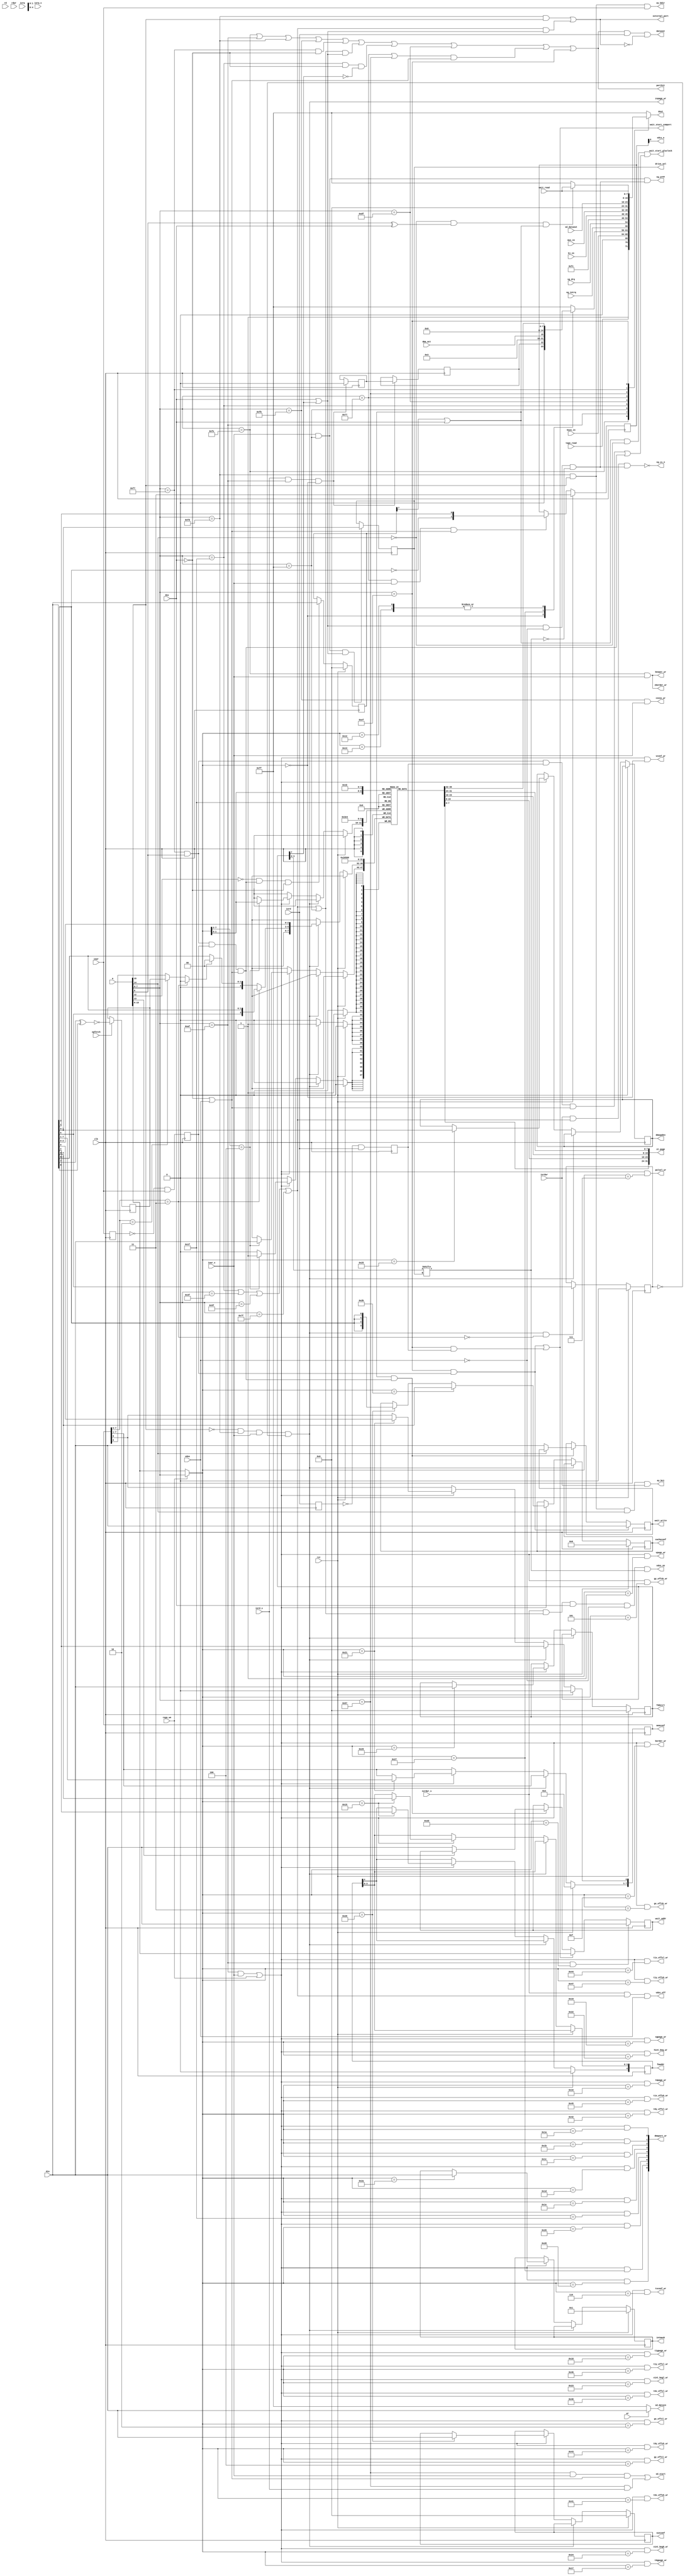
module zports
(
	input            clk,

	input      [7:0] din,
	output reg [7:0] dout,
	output           dataout,
	input     [15:0] a,

	input            rst,     // system reset
	input            opfetch,

	input            rd,
	input            wr,
	input            rdwr,

	input            iorq,
	input            iorq_s,
	input            iord,
	input            iord_s,
	input            iowr,
	input            iowr_s,
	input            iordwr,
	input            iordwr_s,

	output           porthit,       // when internal port hit occurs, this is 1, else 0; used for iorq1_n iorq2_n on zxbus
	output           external_port, // asserts for AY and VG93 accesses

	output           zborder_wr,
	output           border_wr,
	output           zvpage_wr,
	output           vpage_wr,
	output           vconf_wr,
	output           gx_offsl_wr,
	output           gx_offsh_wr,
	output           gy_offsl_wr,
	output           gy_offsh_wr,
	output           t0x_offsl_wr,
	output           t0x_offsh_wr,
	output           t0y_offsl_wr,
	output           t0y_offsh_wr,
	output           t1x_offsl_wr,
	output           t1x_offsh_wr,
	output           t1y_offsl_wr,
	output           t1y_offsh_wr,
	output           tsconf_wr,
	output           palsel_wr,
	output           tmpage_wr,
	output           t0gpage_wr,
	output           t1gpage_wr,
	output           sgpage_wr,
	output           hint_beg_wr ,
	output           vint_begl_wr,
	output           vint_begh_wr,

	output    [31:0] xt_page,

	output reg [4:0] fmaddr,
	input            regs_we,

	output reg [7:0] sysconf,
	output reg [7:0] memconf,
	output reg [3:0] cacheconf,
	output reg [7:0] fddvirt,

	output     [8:0] dmaport_wr,
	input            dma_act,
	output reg [1:0] dmawpdev,


	output reg [7:0] intmask,

	input            dos,
	input            vdos,
	output           vdos_on,
	output           vdos_off,

	output           ay_bdir,
	output           ay_bc1,
	output           covox_wr,
	output           beeper_wr,

	input            tape_read,

	input      [4:0] keys_in, // keys (port FE)
	input      [7:0] mus_in,  // mouse (xxDF)
	input      [5:0] kj_in,

	input            vg_intrq,
	input            vg_drq,  // from vg93 module - drq + irq read
	output           vg_cs_n,
	output           vg_wrFF,
	output    [1:0]  drive_sel,    // disk drive selection

	// SPI
	output           sdcs_n,
	output           sd_start,
	output     [7:0] sd_datain,
	input      [7:0] sd_dataout,

	// WAIT-ports related
	output reg  [7:0] wait_addr,
	output            wait_start_gluclock, // begin wait from some ports
	output            wait_start_comport,  //
	output reg  [7:0] wait_write,
	input       [7:0] wait_read
);

assign sdcs_n = spi_cs_n[0];

localparam FDR_VER = 1'b0;

localparam VDAC_VER = 3'h3;

localparam PORTFE = 8'hFE;
localparam PORTFD = 8'hFD;
localparam PORTXT = 8'hAF;
localparam PORTF7 = 8'hF7;
localparam COVOX  = 8'hFB;

localparam VGCOM  = 8'h1F;
localparam VGTRK  = 8'h3F;
localparam VGSEC  = 8'h5F;
localparam VGDAT  = 8'h7F;
localparam VGSYS  = 8'hFF;

localparam KJOY   = 8'h1F;
localparam KMOUSE = 8'hDF;

localparam SDCFG  = 8'h77;
localparam SDDAT  = 8'h57;

localparam COMPORT = 8'hEF;     // F8EF..FFEF - rs232 ports


wire [7:0] loa = a[7:0];
wire [7:0] hoa = regs_we ? a[7:0] : a[15:8];

assign porthit =	((loa==PORTFE) || (loa==PORTXT) || (loa==PORTFD) || (loa==COVOX))
					|| ((loa==PORTF7) && !dos)
					|| ((vg_port || vgsys_port) && (dos || open_vg))
					|| ((loa==KJOY) && !dos && !open_vg)
					|| (loa==KMOUSE)
					|| (((loa==SDCFG) || (loa==SDDAT)) && (!dos || vdos))
					|| (loa==COMPORT);

wire vg_port = (loa==VGCOM) || (loa==VGTRK) || (loa==VGSEC) || (loa==VGDAT);
wire vgsys_port = (loa==VGSYS);

assign external_port = ((loa==PORTFD) && a[15])        // AY
                    || (((loa==VGCOM) || (loa==VGTRK) || (loa==VGSEC) || (loa==VGDAT)) && (dos || open_vg));

assign dataout = porthit && iord && (~external_port);


reg iowr_reg;
reg iord_reg;
reg port_wr;
reg port_rd;

always @(posedge clk) begin
	iowr_reg <= iowr;
	port_wr <= (!iowr_reg && iowr);

	iord_reg <= iord;
	port_rd <= (!iord_reg && iord);
end


// reading ports
always @(*) begin
	case (loa)
		PORTFE:
			dout = {1'b1, tape_read, 1'b0, keys_in};

		PORTXT:
			begin
				case (hoa)
					XSTAT:
						dout = {1'b0, pwr_up_reg, FDR_VER, 2'b0, VDAC_VER};

					DMASTAT:
						dout = {dma_act, 7'b0};

					RAMPAGE + 8'd2, RAMPAGE + 8'd3:
						dout = rampage[hoa[1:0]];

				default:
					dout = 8'hFF;

				endcase
			end

		VGSYS:
			dout = {vg_intrq, vg_drq, 6'b111111};

		KJOY:
			dout = {2'b00, kj_in};
		KMOUSE:
			dout = mus_in;

		SDCFG:
			dout = 8'h00; // always SD inserted, SD is in R/W mode
		SDDAT:
			dout = sd_dataout;

		PORTF7:
			begin
				if (!a[14] && (a[8] ^ dos) && gluclock_on) dout = wait_read; // $BFF7 - data i/o
				else dout = 8'hFF; // any other $xxF7 port
			end

		COMPORT:
			dout = wait_read; // $F8EF..$FFEF

		default:
			dout = 8'hFF;
	endcase
end


// power-up
// This bit is loaded as 1 while FPGA is configured
// and automatically reset to 0 after STATUS port reading
reg pwr_up_reg;
reg pwr_up = 1;
always @(posedge clk) begin
	if (iord_s & (loa == PORTXT) & (hoa == XSTAT)) begin
		pwr_up_reg <= pwr_up;
		pwr_up <= 1'b0;
	end
end

// writing ports

//#nnAF
localparam VCONF    = 8'h00;
localparam VPAGE    = 8'h01;
localparam GXOFFSL    = 8'h02;
localparam GXOFFSH    = 8'h03;
localparam GYOFFSL    = 8'h04;
localparam GYOFFSH    = 8'h05;
localparam TSCONF    = 8'h06;
localparam PALSEL     = 8'h07;
localparam XBORDER    = 8'h0F;

localparam T0XOFFSL    = 8'h40;
localparam T0XOFFSH    = 8'h41;
localparam T0YOFFSL    = 8'h42;
localparam T0YOFFSH    = 8'h43;
localparam T1XOFFSL    = 8'h44;
localparam T1XOFFSH    = 8'h45;
localparam T1YOFFSL    = 8'h46;
localparam T1YOFFSH    = 8'h47;

localparam RAMPAGE   = 8'h10;  // this covers #10-#13
localparam FMADDR    = 8'h15;
localparam TMPAGE    = 8'h16;
localparam T0GPAGE   = 8'h17;
localparam T1GPAGE   = 8'h18;
localparam SGPAGE    = 8'h19;
localparam DMASADDRL = 8'h1A;
localparam DMASADDRH = 8'h1B;
localparam DMASADDRX = 8'h1C;
localparam DMADADDRL = 8'h1D;
localparam DMADADDRH = 8'h1E;
localparam DMADADDRX = 8'h1F;

localparam SYSCONF   = 8'h20;
localparam MEMCONF   = 8'h21;
localparam HSINT     = 8'h22;
localparam VSINTL    = 8'h23;
localparam VSINTH    = 8'h24;
localparam DMAWPD    = 8'h25;
localparam DMALEN    = 8'h26;
localparam DMACTRL   = 8'h27;
localparam DMANUM    = 8'h28;
localparam FDDVIRT   = 8'h29;
localparam INTMASK   = 8'h2A;
localparam CACHECONF = 8'h2B;
localparam DMAWPA    = 8'h2D;

localparam XSTAT     = 8'h00;
localparam DMASTAT   = 8'h27;

assign dmaport_wr[0] = portxt_wr && (hoa == DMASADDRL);
assign dmaport_wr[1] = portxt_wr && (hoa == DMASADDRH);
assign dmaport_wr[2] = portxt_wr && (hoa == DMASADDRX);
assign dmaport_wr[3] = portxt_wr && (hoa == DMADADDRL);
assign dmaport_wr[4] = portxt_wr && (hoa == DMADADDRH);
assign dmaport_wr[5] = portxt_wr && (hoa == DMADADDRX);
assign dmaport_wr[6] = portxt_wr && (hoa == DMALEN);
assign dmaport_wr[7] = portxt_wr && (hoa == DMACTRL);
assign dmaport_wr[8] = portxt_wr && (hoa == DMANUM);

assign zborder_wr    = portfe_wr;
assign border_wr     = (portxt_wr && (hoa == XBORDER));
assign zvpage_wr     = p7ffd_wr;
assign vpage_wr      = (portxt_wr && (hoa == VPAGE ));
assign vconf_wr      = (portxt_wr && (hoa == VCONF ));
assign gx_offsl_wr   = (portxt_wr && (hoa == GXOFFSL));
assign gx_offsh_wr   = (portxt_wr && (hoa == GXOFFSH));
assign gy_offsl_wr   = (portxt_wr && (hoa == GYOFFSL));
assign gy_offsh_wr   = (portxt_wr && (hoa == GYOFFSH));
assign t0x_offsl_wr  = (portxt_wr && (hoa == T0XOFFSL));
assign t0x_offsh_wr  = (portxt_wr && (hoa == T0XOFFSH));
assign t0y_offsl_wr  = (portxt_wr && (hoa == T0YOFFSL));
assign t0y_offsh_wr  = (portxt_wr && (hoa == T0YOFFSH));
assign t1x_offsl_wr  = (portxt_wr && (hoa == T1XOFFSL));
assign t1x_offsh_wr  = (portxt_wr && (hoa == T1XOFFSH));
assign t1y_offsl_wr  = (portxt_wr && (hoa == T1YOFFSL));
assign t1y_offsh_wr  = (portxt_wr && (hoa == T1YOFFSH));
assign tsconf_wr     = (portxt_wr && (hoa == TSCONF));
assign palsel_wr     = (portxt_wr && (hoa == PALSEL));
assign tmpage_wr     = (portxt_wr && (hoa == TMPAGE));
assign t0gpage_wr    = (portxt_wr && (hoa == T0GPAGE));
assign t1gpage_wr    = (portxt_wr && (hoa == T1GPAGE));
assign sgpage_wr     = (portxt_wr && (hoa == SGPAGE));
assign hint_beg_wr   = (portxt_wr && (hoa == HSINT ));
assign vint_begl_wr  = (portxt_wr && (hoa == VSINTL));
assign vint_begh_wr  = (portxt_wr && (hoa == VSINTH));

assign beeper_wr = portfe_wr;
wire portfe_wr = (loa==PORTFE) && iowr_s;
assign covox_wr = (loa==COVOX) && iowr_s;
wire portxt_wr = ((loa==PORTXT) && iowr_s) || regs_we;

reg [7:0] rampage[0:3];
assign xt_page = {rampage[3], rampage[2], rampage[1], rampage[0]};

wire lock128 = lock128_3 ? 1'b0 : (lock128_2 ? m1_lock128 : memconf[6]);
wire lock128_2 = memconf[7:6] == 2'b10;    // mode 2
wire lock128_3 = memconf[7:6] == 2'b11;     // mode 3

reg m1_lock128;
always @(posedge clk) if (opfetch) m1_lock128 <= !(din[7] ^ din[6]);

always @(posedge clk) begin
	if (rst) begin
		fmaddr[4] <= 1'b0;
		intmask   <= 8'b1;
		fddvirt   <= 8'b0;
		sysconf   <= 8'h00;  // 3.5 MHz
		memconf   <= 8'h04;  // no map
		cacheconf <= 4'h0;   // no cache

		rampage[0]<= 8'h00;
		rampage[1]<= 8'h05;
		rampage[2]<= 8'h02;
		rampage[3]<= 8'h00;
	end
	else if (p7ffd_wr) begin
		memconf[0] <= din[4];
		rampage[3] <= {2'b0, lock128_3 ? {din[5], din[7:6]} : ({1'b0, lock128 ? 2'b0 : din[7:6]}), din[2:0]};
	end
   else if (portxt_wr) begin
		if (hoa[7:2] == RAMPAGE[7:2]) rampage[hoa[1:0]] <= din;

		if (hoa == FMADDR) fmaddr <= din[4:0];

		if (hoa == SYSCONF) begin
			sysconf <= din;
			cacheconf <= {4{din[2]}};
		end

		if (hoa == DMAWPD)    dmawpdev  <= din[1:0];
		if (hoa == CACHECONF) cacheconf <= din[3:0];
		if (hoa == MEMCONF)   memconf   <= din;
		if (hoa == FDDVIRT)   fddvirt   <= din;
		if (hoa == INTMASK)   intmask   <= din;
	end
end

// 7FFD port
wire p7ffd_wr = !a[15] && (loa==PORTFD) && iowr_s && !lock48;

reg lock48;
always @(posedge clk) begin
	if (rst) lock48 <= 1'b0;
	else if (p7ffd_wr && !lock128_3) lock48 <= din[5];
end

// AY control
wire ay_hit = (loa==PORTFD) & a[15];
assign ay_bc1  = ay_hit & a[14] & iordwr;
assign ay_bdir = ay_hit & iowr;

// VG93
wire [3:0] fddvrt = fddvirt[3:0];
wire virt_vg = fddvrt[drive_sel_raw];
wire open_vg = fddvirt[7];
assign drive_sel = {drive_sel_raw[1], drive_sel_raw[0]};

wire vg_wen = (dos || open_vg) && !vdos && !virt_vg;
assign vg_cs_n = !(iordwr && vg_port && vg_wen);
assign vg_wrFF = iowr_s && vgsys_port && vg_wen;
wire vg_wrDS = iowr_s && vgsys_port && (dos || open_vg);

assign vdos_on  = iordwr_s && (vg_port || vgsys_port) && dos && !vdos && virt_vg;
assign vdos_off = iordwr_s && vg_port && vdos;

// write drive number
reg [1:0] drive_sel_raw;
always @(posedge clk) if (vg_wrDS) drive_sel_raw <= din[1:0];

// SD card (Z-controller compatible)
wire sdcfg_wr;
wire sddat_wr;
wire sddat_rd;
reg [1:0] spi_cs_n;

assign sdcfg_wr = ((loa==SDCFG) && iowr_s && (!dos || vdos));
assign sddat_wr = ((loa==SDDAT) && iowr_s && (!dos || vdos));
assign sddat_rd = ((loa==SDDAT) && iord_s);

// SDCFG write - sdcs_n control
always @(posedge clk) begin
	if (rst) spi_cs_n <= 2'b11;
	else if (sdcfg_wr) spi_cs_n <= {~din[2], din[1]};
end

// start signal for SPI module with resyncing to fclk
assign sd_start = sddat_wr || sddat_rd;

// data for SPI module
assign sd_datain = wr ? din : 8'hFF;

// xxF7
wire portf7_wr = ((loa==PORTF7) && (a[8]==1'b1) && port_wr && (!dos || vdos));
wire portf7_rd = ((loa==PORTF7) && (a[8]==1'b1) && port_rd && (!dos || vdos));

// EFF7 port
reg [7:0] peff7;
always @(posedge clk) begin
	if (rst) peff7 <= 8'h00;
	else if (!a[12] && portf7_wr && !dos) peff7 <= din;  // #EEF7 in dos is not accessible
end

// gluclock ports
wire gluclock_on = peff7[7] || dos;        // in dos mode EEF7 is not accessible, gluclock access is ON in dos mode.

// comports
wire comport_wr   = ((loa == COMPORT) && port_wr);
wire comport_rd   = ((loa == COMPORT) && port_rd);

// write to wait registers
always @(posedge clk) begin
	// gluclocks
	if (gluclock_on && portf7_wr) begin
		if (!a[14]) wait_write <= din; // $BFF7 - data reg
		if (!a[13]) wait_addr <= din; // $DFF7 - addr reg
	end

	// com ports
	if (comport_wr) wait_write <= din; // $xxEF
	if (comport_wr || comport_rd) wait_addr <= a[15:8];
	
	if ((loa==PORTXT) && (hoa == DMAWPA)) wait_addr <= din;
end
  
// wait from wait registers
// ACHTUNG!!!! here portxx_wr are ON Z80 CLOCK! logic must change when moving to clk strobes
assign wait_start_gluclock = (gluclock_on && !a[14] && (portf7_rd || portf7_wr)); // $BFF7 - gluclock r/w
assign wait_start_comport = (comport_rd || comport_wr);

endmodule